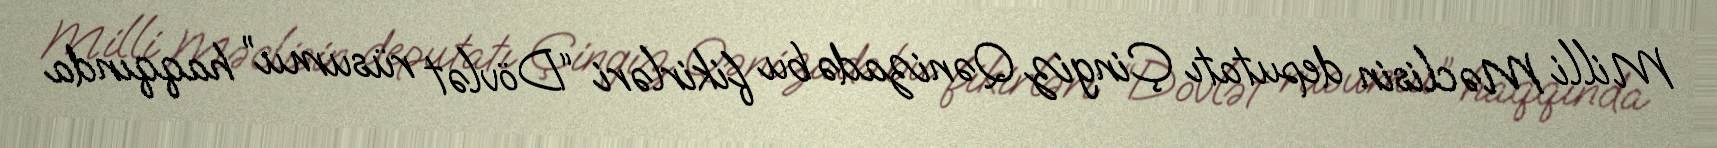
Milli Məclisin deputatı Çingiz Qənizadə bu fikirləri “Dövlət rüsumu” haqqında